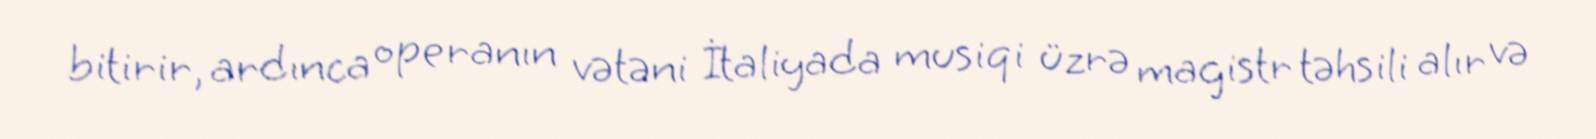
bitirir, ardınca operanın vətəni İtaliyada musiqi üzrə magistr təhsili alır və